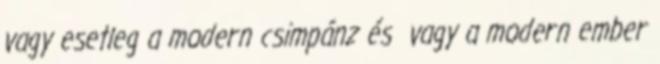
vagy esetleg a modern csimpánz és vagy a modern ember